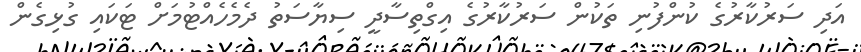
އަދި ސަރުކާރުގެ ކުންފުނި ތަކުން ސަރުކާރުގެ އިގްތިސާދީ ސިޔާސަތު ދެމެހެއްޓުމަށް ޓަކައި ގުޅިގެން